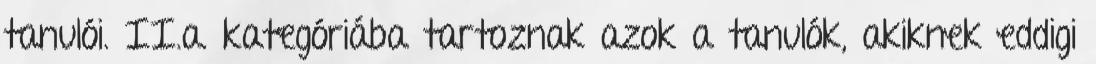
tanulói. II.a. kategóriába tartoznak azok a tanulók, akiknek eddigi